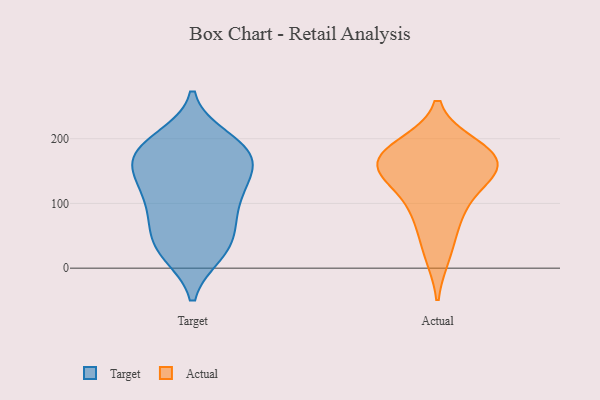
{"axis": {"x": "Humidity (%)", "y": "Value"}, "legend": ["Actual", "Target"], "data": [{"x": "", "y": 79, "type": "Target"}, {"x": "", "y": 117, "type": "Target"}, {"x": "", "y": 131, "type": "Target"}, {"x": "", "y": 180, "type": "Target"}, {"x": "", "y": 173, "type": "Target"}, {"x": "", "y": 164, "type": "Target"}, {"x": "", "y": 81, "type": "Target"}, {"x": "", "y": 132, "type": "Target"}, {"x": "", "y": 78, "type": "Target"}, {"x": "", "y": 200, "type": "Target"}, {"x": "", "y": 188, "type": "Target"}, {"x": "", "y": 27, "type": "Target"}, {"x": "", "y": 23, "type": "Target"}, {"x": "", "y": 187, "type": "Target"}, {"x": "", "y": 131, "type": "Target"}, {"x": "", "y": 29, "type": "Target"}, {"x": "", "y": 42, "type": "Target"}, {"x": "", "y": 167, "type": "Target"}, {"x": "", "y": 138, "type": "Actual"}, {"x": "", "y": 187, "type": "Actual"}, {"x": "", "y": 97, "type": "Actual"}, {"x": "", "y": 158, "type": "Actual"}, {"x": "", "y": 178, "type": "Actual"}, {"x": "", "y": 174, "type": "Actual"}, {"x": "", "y": 72, "type": "Actual"}, {"x": "", "y": 162, "type": "Actual"}, {"x": "", "y": 22, "type": "Actual"}, {"x": "", "y": 145, "type": "Actual"}]}